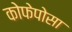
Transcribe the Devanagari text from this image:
कोफेपोसा